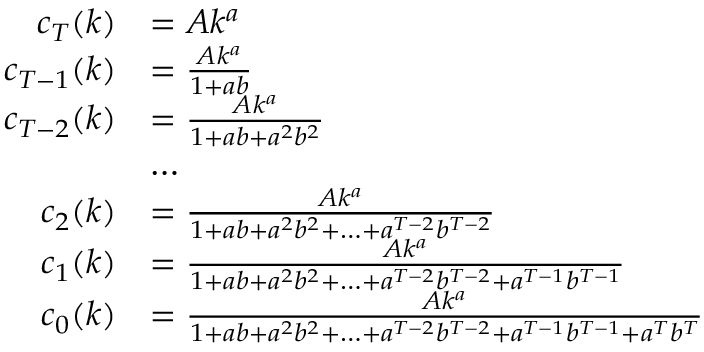
{ \begin{array} { r l } { c _ { T } ( k ) } & { = A k ^ { a } } \\ { c _ { T - 1 } ( k ) } & { = { \frac { A k ^ { a } } { 1 + a b } } } \\ { c _ { T - 2 } ( k ) } & { = { \frac { A k ^ { a } } { 1 + a b + a ^ { 2 } b ^ { 2 } } } } \\ & { \dots } \\ { c _ { 2 } ( k ) } & { = { \frac { A k ^ { a } } { 1 + a b + a ^ { 2 } b ^ { 2 } + \ldots + a ^ { T - 2 } b ^ { T - 2 } } } } \\ { c _ { 1 } ( k ) } & { = { \frac { A k ^ { a } } { 1 + a b + a ^ { 2 } b ^ { 2 } + \ldots + a ^ { T - 2 } b ^ { T - 2 } + a ^ { T - 1 } b ^ { T - 1 } } } } \\ { c _ { 0 } ( k ) } & { = { \frac { A k ^ { a } } { 1 + a b + a ^ { 2 } b ^ { 2 } + \ldots + a ^ { T - 2 } b ^ { T - 2 } + a ^ { T - 1 } b ^ { T - 1 } + a ^ { T } b ^ { T } } } } \end{array} }